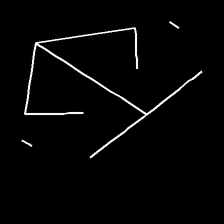
Glyph: earth